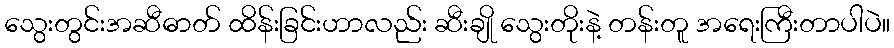
သွေးတွင်းအဆီဓာတ် ထိန်းခြင်းဟာလည်း ဆီးချို သွေးတိုးနဲ့ တန်းတူ အရေးကြီးတာပါပဲ။